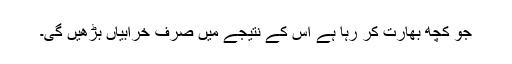
جو کچھ بھارت کر رہا ہے اُس کے نتیجے میں صرف خرابیاں بڑھیں گی۔